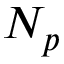
N _ { p }